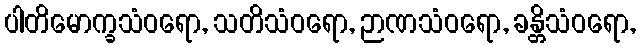
ပါတိမောက္ခသံဝရော, သတိသံဝရော, ဉာဏသံဝရော, ခန္တိသံဝရော,